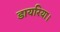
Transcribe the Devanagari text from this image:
डायरिया।